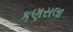
કણસલા